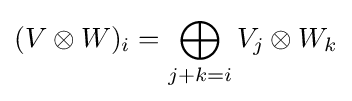
(V\otimes W)_{i}=\bigoplus _{j+k=i}V_{j}\otimes W_{k}